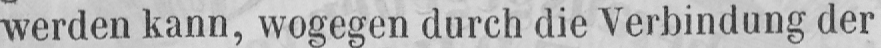
werden kann, wogegen durch die Verbindung der